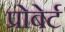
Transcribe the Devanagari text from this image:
प्रोबेर्ट